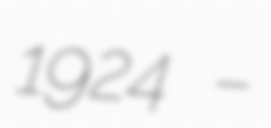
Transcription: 1924 –